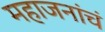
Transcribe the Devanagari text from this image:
महाजनांचं